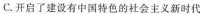
C.开启了建设有中国特色的社会主义新时代